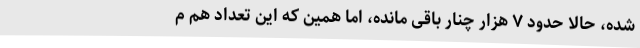
شده، حالا حدود ۷ هزار چنار باقی مانده، اما همین که این تعداد هم م